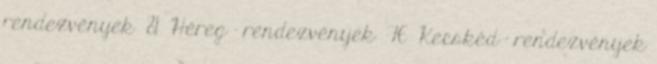
rendezvények 81 Héreg - rendezvények 76 Kecskéd - rendezvények